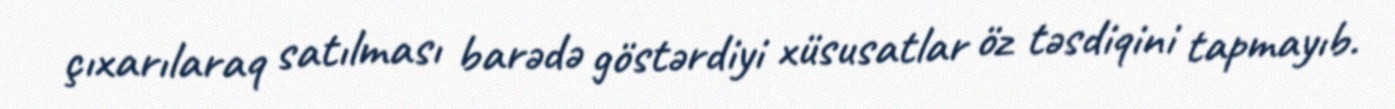
çıxarılaraq satılması barədə göstərdiyi xüsusatlar öz təsdiqini tapmayıb.